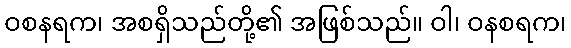
ဝစနရက၊ အစရှိသည်တို့၏ အဖြစ်သည်။ ဝါ၊ ဝနစရက၊